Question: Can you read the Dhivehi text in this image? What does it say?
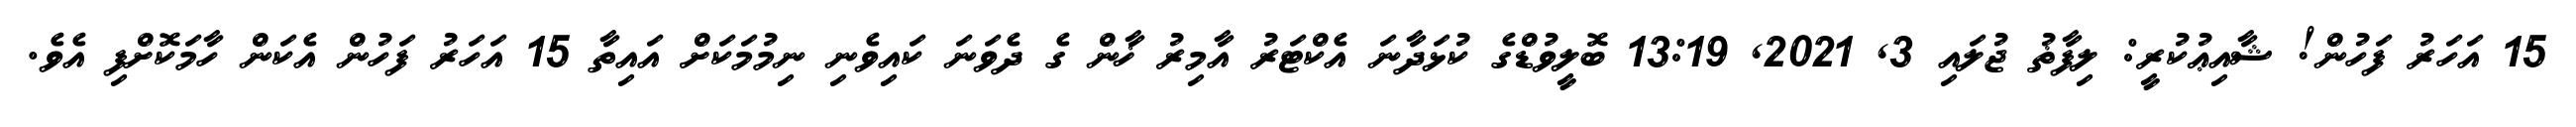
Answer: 15 އަހަރު ފަހުން! ޝާއިޢުކުރީ: ލިފާޡު ޖުލައި 3, 2021, 13:19 ބޮލީވުޑްގެ ކުޅަދާނަ އެކްޓަރު އާމިރު ޚާން ގެ ދެވަނަ ކައިވެނި ނިމުމަކަށް އައިތާ 15 އަހަރު ފަހުން އެކަން ހާމަކޮށްފި އެވެ.